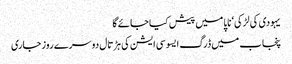
یہودی کی لڑکی‘ ناپا میں پیش کیا جائے گا
پنجاب میں ڈرگ ایسوسی ایشن کی ہڑتال دوسرے روز جاری